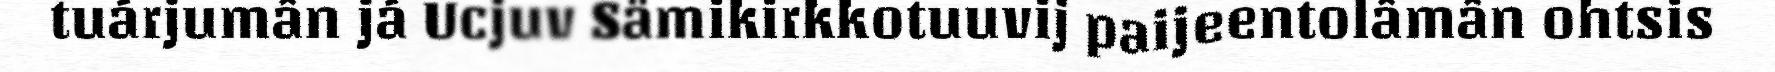
tuárjumân já Ucjuv Sämikirkkotuuvij paijeentolâmân ohtsis